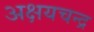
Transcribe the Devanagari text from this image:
अक्षयचन्द्र